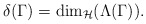
\begin{align*}\delta(\Gamma)=\dim_{\mathcal{H}}(\Lambda(\Gamma)).\end{align*}